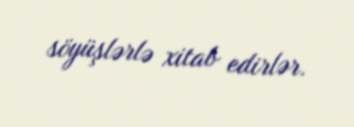
söyüşlərlə xitab edirlər.